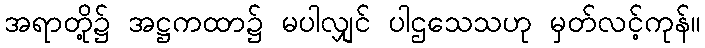
အရာတို့၌ အဋ္ဌကထာ၌ မပါလျှင် ပါဌသေသဟု မှတ်လင့်ကုန်။